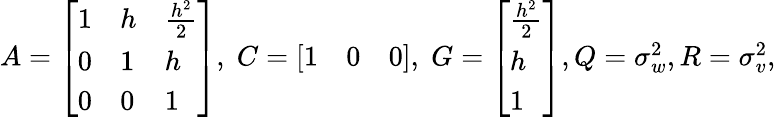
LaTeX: \begin{array}{r}{A=\left[\begin{array}{lll}{1}&{h}&{\frac{h^{2}}{2}}\\ {0}&{1}&{h}\\ {0}&{0}&{1}\end{array}\right],\; C=\left[\begin{array}{lll}{1}&{0}&{0}\end{array}\right],\; G=\left[\begin{array}{l}{\frac{h^{2}}{2}}\\ {h}\\ {1}\end{array}\right],Q=\sigma_{w}^{2},R=\sigma_{v}^{2},}\end{array}